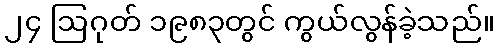
၂၄ ဩဂုတ် ၁၉၈၃တွင် ကွယ်လွန်ခဲ့သည်။